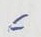
=